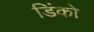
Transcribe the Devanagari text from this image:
डिंको